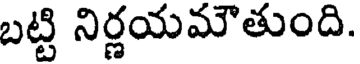
బట్టి నిర్ణయమౌతుంది.